Indian journal of veterinary science and animal husbandry - Volume 4,
Year: 1934
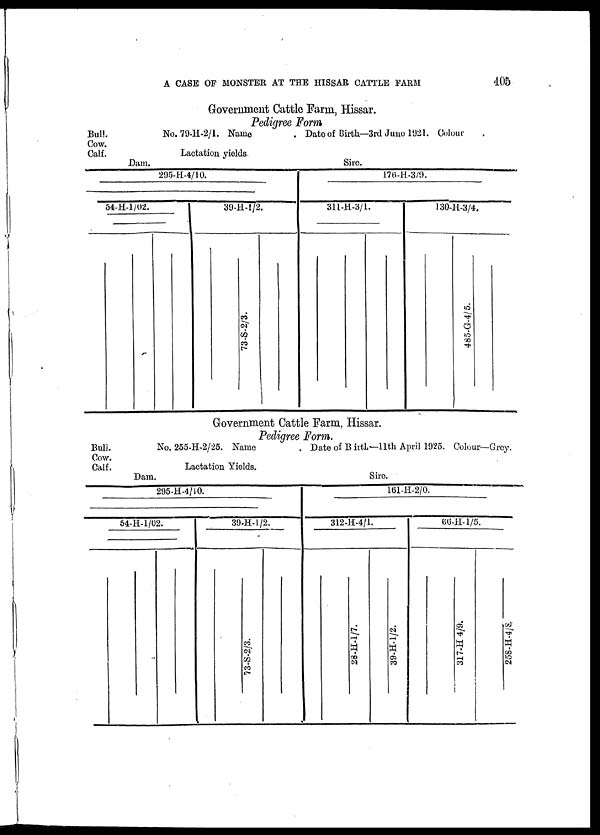
A CASE OF MONSTER AT THE HISSAR CATTLE FARM
405
Government Cattle Farm, Hissar.
Pedigree Form
Bull.
No. 79-H-2/1. Name
Date of Birth—3rd June 1921. Colour
Cow.
Calf.
Lactation yields.
Dam.
Sire.
295-H-4/10.
54-H-1/02.
39-H-I/2
73-S-2/3.
176-H-3/9.
311-H-3/1.
130-H-3/4.
485-G-4/5.
Government Cattle Farm, Hissar.
Pedigree Form.
Bull.
No. 255-H-2/25. Name
Date of Birth—11th April 1925. Colour—Grey.
Cow.
Calf.
Lactation Yields.
Dam.
Sire.
295-H-4/10.
54-H-1/02.
39-H-1/2.
73-S-2/3.
161-H-2/0.
312-H-4/1
28-H-1/7.
39-H-1/2.
60-H-l/5
317-H 4/9.
258-H-4/8.